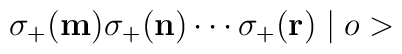
\sigma_{+}({\bf m}) \sigma_{+}({\bf n}) \cdots \sigma_{+}({\bf r}) \mid o >